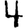
Digit: 4